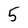
Character: 5